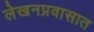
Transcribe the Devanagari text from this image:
लेखनप्रवासात